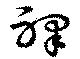
裸